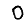
Digit: 0